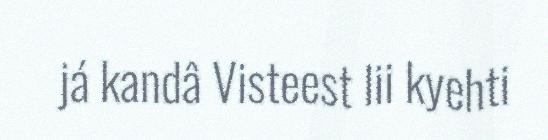
já kandâ Visteest lii kyehti